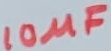
Text: 10µF